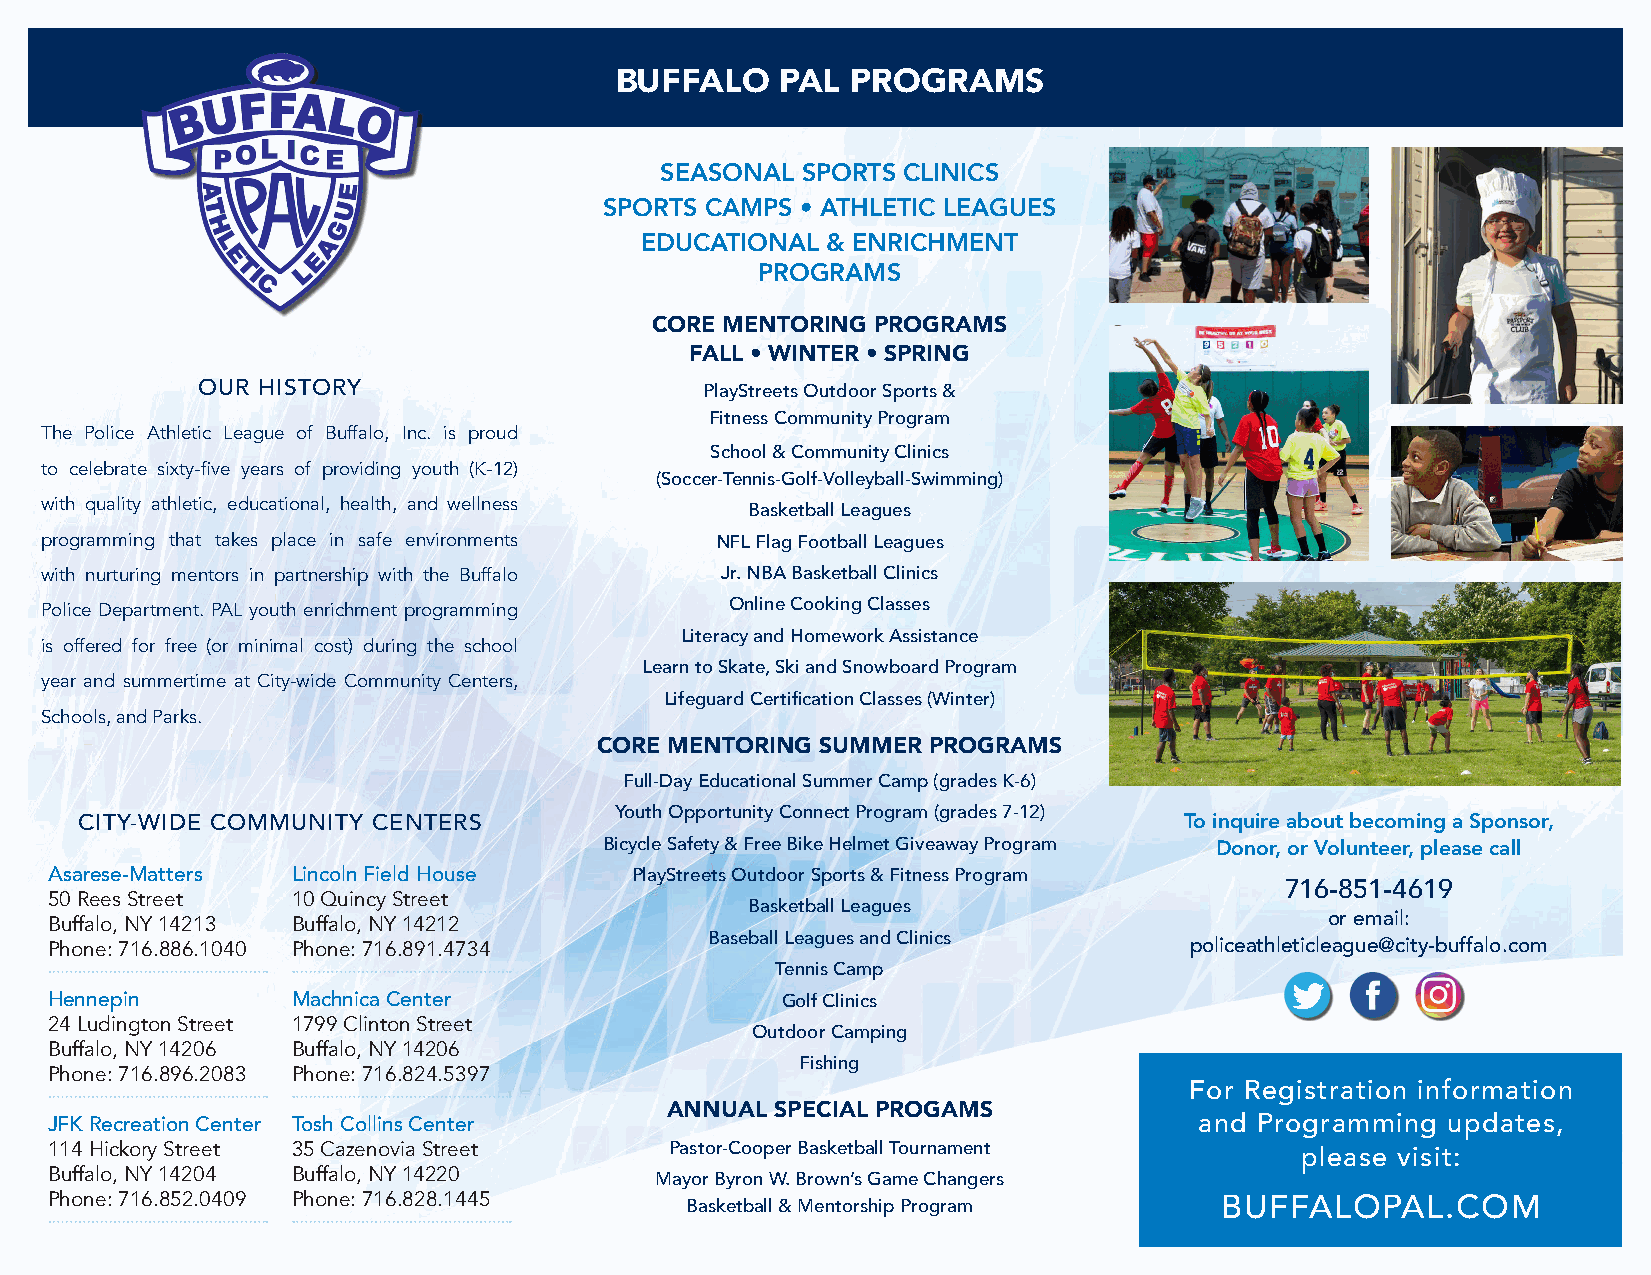
BUFFALO    PAL PROGRAMS
 SEASONAL SPORTS CLINICS
 SPORTS CAMPS • ATHLETIC LEAGUES
 EDUCATIONAL  & ENRICHMENT
 PROGRAMS
 CORE MENTORING PROGRAMS
 FALL • WINTER • SPRING
 OUR HISTORY                       PlayStreets Outdoor Sports &
 Fitness Community Program
 The Police Athletic League of Buffalo, Inc. is proud
 School & Community Clinics
 to celebrate sixty-five years of providing youth (K-12)
 (Soccer-Tennis-Golf-Volleyball-Swimming)
 with quality athletic, educational, health, and wellness Basketball Leagues
 programming that takes place in safe environments NFL Flag Football Leagues
 with nurturing mentors in partnership with the Buffalo Jr. NBA Basketball Clinics
 Police Department. PAL youth enrichment programming Online Cooking Classes
 Literacy and Homework Assistance
 is offered for free (or minimal cost) during the school
 Learn to Skate, Ski and Snowboard Program
 year and summertime at City-wide Community Centers,
 Lifeguard Certification Classes (Winter)
 Schools, and Parks.
 CORE MENTORING SUMMER PROGRAMS
 Full-Day Educational Summer Camp (grades K-6)
 Youth Opportunity Connect Program (grades 7-12)
 CITY-WIDE COMMUNITY CENTERS                                              To inquire about becoming a Sponsor,
 Bicycle Safety & Free Bike Helmet Giveaway Program Donor, or Volunteer, please call
 Asarese-Matters Lincoln Field House    PlayStreets Outdoor Sports & Fitness Program
 716-851-4619
 50 Rees Street  10 Quincy Street
 Basketball Leagues
 Buffalo, NY 14213 Buffalo, NY 14212                                                  or email:
 Baseball Leagues and Clinics
 Phone: 716.886.1040 Phone: 716.891.4734                                     policeathleticleague@city-buffalo.com
 Tennis Camp
 Hennepin        Machnica Center                  Golf Clinics
 24 Ludington Street 1799 Clinton Street
 Outdoor Camping
 Buffalo, NY 14206 Buffalo, NY 14206
 Fishing
 Phone: 716.896.2083 Phone: 716.824.5397
 For Registration information
 ANNUAL SPECIAL PROGAMS
 JFK Recreation Center Tosh Collins Center                                   and Programming  updates,
 114 Hickory Street 35 Cazenovia Street   Pastor-Cooper Basketball Tournament       please visit:
 Buffalo, NY 14204 Buffalo, NY 14220     Mayor Byron W. Brown’s Game Changers
 Phone: 716.852.0409 Phone: 716.828.1445   Basketball & Mentorship Program     BUFFALOPAL.COM